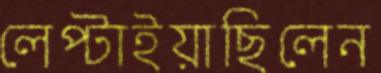
লেপ্‌টাইয়াছিলেন